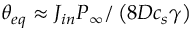
\theta _ { e q } \approx { { J } _ { i n } } { { { P } _ { \infty } } } / \left( { 8 D { { c } _ { s } } \gamma } \right)